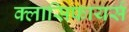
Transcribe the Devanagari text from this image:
क्लासिफायर्स